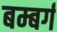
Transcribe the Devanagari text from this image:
बम्बर्ग